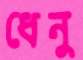
ধেনু